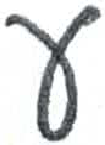
אות: ע